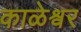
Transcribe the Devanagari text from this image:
काळेश्वर